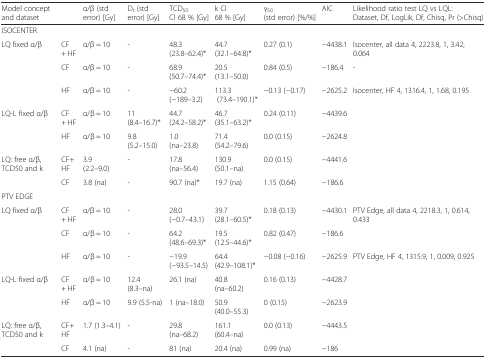
<table><thead><tr><td colspan="2"><b>Model concept and dataset</b></td><td><b>α/β (std error) [Gy]</b></td><td><b>D<sub>t</sub> (std error) [Gy]</b></td><td><b>TCD<sub>50</sub>CI 68 % [Gy]</b></td><td><b>k CI 68 % [Gy]</b></td><td><b>γ<sub>50</sub>(std error) [%/%]</b></td><td><b>AIC</b></td><td><b>Likelihood ratio test LQ vs LQL: Dataset, Df, LogLik, Df, Chisq, Pr (&gt;Chisq)</b></td></tr></thead><tbody><tr><td colspan="9">ISOCENTER</td></tr><tr><td>LQ fixed α/β</td><td>CF + HF</td><td>α/β = 10</td><td>-</td><td>48.3 (23.8–62.4)*</td><td>44.7 (32.1–64.8)*</td><td>0.27 (0.1)</td><td>−4438.1</td><td>Isocenter, all data 4, 2223.8, 1, 3.42, 0.064</td></tr><tr><td></td><td>CF</td><td>α/β = 10</td><td>-</td><td>68.9 (50.7–74.4)*</td><td>20.5 (13.1–50.0)</td><td>0.84 (0.5)</td><td>−186.4</td><td>-</td></tr><tr><td></td><td>HF</td><td>α/β = 10</td><td>-</td><td>−60.2 (−189–3.2)</td><td>113.3 (73.4–190.1)*</td><td>−0.13 (−0.17)</td><td>−2625.2</td><td>Isocenter, HF 4, 1316.4, 1, 1.68, 0.195</td></tr><tr><td>LQ-L fixed α/β</td><td>CF + HF</td><td>α/β = 10</td><td>11 (8.4–16.7)*</td><td>44.7 (24.2–58.2)*</td><td>46.7 (35.1–63.2)*</td><td>0.24 (0.11)</td><td>−4439.6</td><td></td></tr><tr><td></td><td>HF</td><td>α/β = 10</td><td>9.8 (5.2–15.0)</td><td>1.0 (na–23.8)</td><td>71.4 (54.2–79.6)</td><td>0.0 (0.15)</td><td>−2624.8</td><td></td></tr><tr><td>LQ: free α/β, TCD50 and k</td><td>CF+ HF</td><td>3.9 (2.2–9.0)</td><td>-</td><td>17.8 (na–56.4)</td><td>130.9 (50.1–na)</td><td>0.0 (0.15)</td><td>−4441.6</td><td></td></tr><tr><td></td><td>CF</td><td>3.8 (na)</td><td>-</td><td>90.7 (na)*</td><td>19.7 (na)</td><td>1.15 (0.64)</td><td>−186.6</td><td></td></tr><tr><td colspan="9">PTV EDGE</td></tr><tr><td>LQ fixed α/β</td><td>CF + HF</td><td>α/β = 10</td><td>-</td><td>28.0 (−0.7–43.1)</td><td>39.7 (28.1–60.5)*</td><td>0.18 (0.13)</td><td>−4430.1</td><td>PTV Edge, all data 4, 2218.3, 1, 0.614, 0.433</td></tr><tr><td></td><td>CF</td><td>α/β = 10</td><td>-</td><td>64.2 (48.6–69.3)*</td><td>19.5 (12.5–44.6)*</td><td>0.82 (0.47)</td><td>−186.6</td><td></td></tr><tr><td></td><td>HF</td><td>α/β = 10</td><td>-</td><td>−19.9 (−93.5–14.5)</td><td>64.4 (42.9–108.1)*</td><td>−0.08 (−0.16)</td><td>−2625.9</td><td>PTV Edge, HF 4, 1315.9, 1, 0.009, 0.925</td></tr><tr><td>LQ-L fixed α/β</td><td>CF + HF</td><td>α/β = 10</td><td>12.4 (8.3–na)</td><td>26.1 (na)</td><td>40.8 (na–60.2)</td><td>0.16 (0.13)</td><td>−4428.7</td><td></td></tr><tr><td></td><td>HF</td><td>α/β = 10</td><td>9.9 (5.5-na)</td><td>1 (na–18.0)</td><td>50.9 (40.0–55.3)</td><td>0 (0.15)</td><td>−2623.9</td><td></td></tr><tr><td>LQ: free α/β, TCD50 and k</td><td>CF+ HF</td><td>1.7 (1.3–4.1)</td><td>-</td><td>29.8 (na–68.2)</td><td>161.1 (60.4–na)</td><td>0.0 (0.13)</td><td>−4443.5</td><td></td></tr><tr><td></td><td>CF</td><td>4.1 (na)</td><td>-</td><td>81 (na)</td><td>20.4 (na)</td><td>0.99 (na)</td><td>−186</td><td></td></tr></tbody></table>